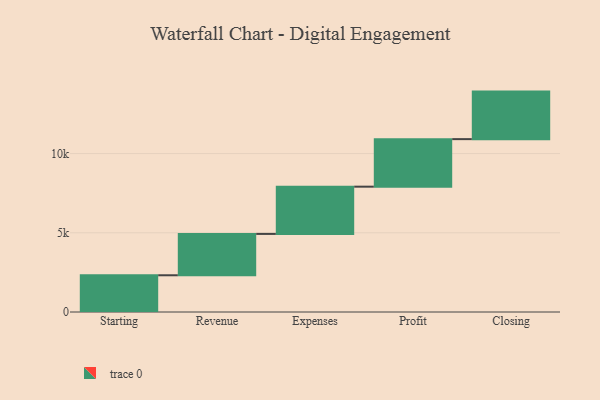
{"axis": {"x": "Step", "y": "Value"}, "legend": [""], "data": [{"x": "Starting", "y": 2318.0, "type": ""}, {"x": "Revenue", "y": 2610.0, "type": ""}, {"x": "Expenses", "y": 2982.0, "type": ""}, {"x": "Profit", "y": 3000, "type": ""}, {"x": "Closing", "y": 3000, "type": ""}]}